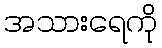
အသားရေကို